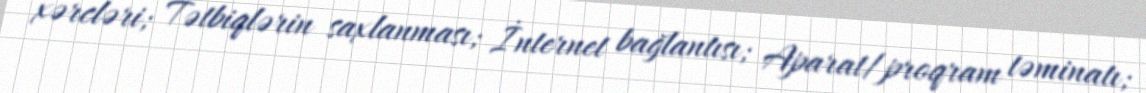
xərcləri; Tətbiqlərin saxlanması; İnternet bağlantısı; Aparat/proqram təminatı;